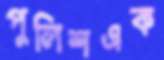
পুলিশএক